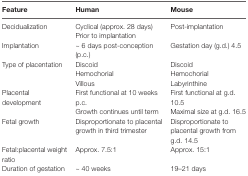
<table><thead><tr><td><b>Feature</b></td><td><b>Human</b></td><td><b>Mouse</b></td></tr></thead><tbody><tr><td rowspan="2">Decidualization</td><td>Cyclical (approx. 28 days)</td><td rowspan="2">Post-implantation</td></tr><tr><td>Prior to implantation</td></tr><tr><td>Implantation</td><td>~ 6 days post-conception (p.c.)</td><td>Gestation day (g.d.) 4.5</td></tr><tr><td rowspan="3">Type of placentation</td><td>Discoid</td><td>Discoid</td></tr><tr><td>Hemochorial</td><td>Hemochorial</td></tr><tr><td>Villous</td><td>Labyrinthine</td></tr><tr><td rowspan="2">Placental development</td><td>First functional at 10 weeks p.c.</td><td>First functional at g.d. 10.5</td></tr><tr><td>Growth continues until term</td><td>Maximal size at g.d. 16.5</td></tr><tr><td>Fetal growth</td><td>Disproportionate to placental growth in third trimester</td><td>Disproportionate to placental growth from g.d. 14.5</td></tr><tr><td>Fetal:placental weight ratio</td><td>Approx. 7.5:1</td><td>Approx. 15:1</td></tr><tr><td>Duration of gestation</td><td>~ 40 weeks</td><td>19–21 days</td></tr></tbody></table>